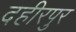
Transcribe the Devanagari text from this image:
दहीरपुर